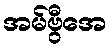
အမ်ဗွီအေ